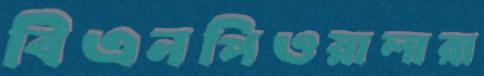
বিএনপিওয়ালারা